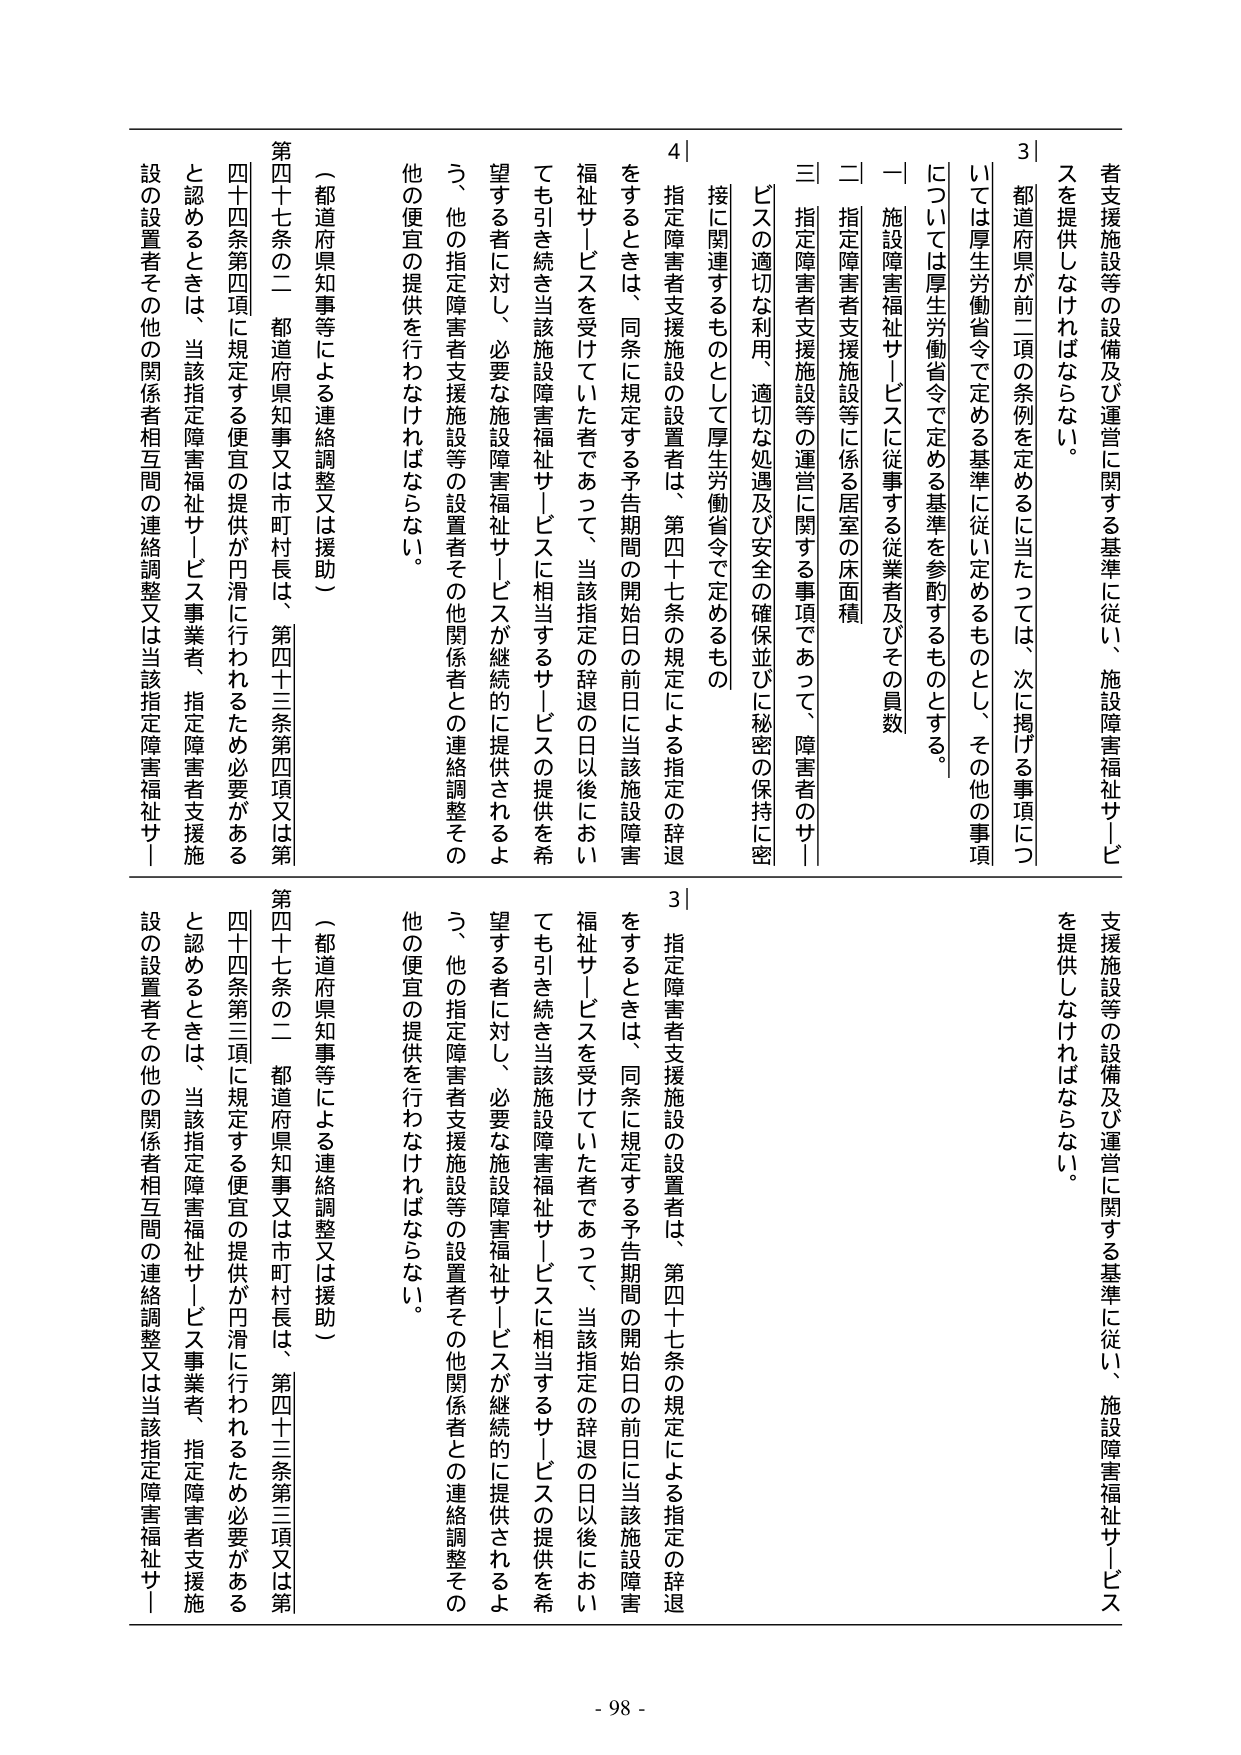
者支援施設等の設備及び運営に関する基準に従い、施設障害福祉サービスを提供しなければならない。

都道府県が前二項の条例を定めるに当たっては、次に掲げる事項については厚生労働省令で定める基準に従い定めるものとし、その他の事項については厚生労働省令で定める基準を参酌するものとする。

一 施設障害福祉サービスに従事する従業者及びその員数

二 指定障害者支援施設等に係る居室の床面積

三 指定障害者支援施設等の運営に関する事項であって、障害者のサービスの適切な利用、適切な処遇及び安全の確保並びに秘密の保持に密接に関連するものとして厚生労働省令で定めるもの

4 指定障害者支援施設の設置者は、第四十七条の規定による指定の辞退をするときは、同条に規定する予告期間の開始日の前日に当該施設障害福祉サービスを受けていた者であって、当該指定の辞退の日以後においても引き続き当該施設障害福祉サービスに相当するサービスの提供を希望する者に対し、必要な施設障害福祉サービスが継続的に提供されるよう、他の指定障害者支援施設等の設置者その他関係者との連絡調整その他の便宜の提供を行わなければならない。

（都道府県知事等による連絡調整又は援助）

第四十七条の二 都道府県知事又は市町村長は、第四十三条第四項又は第四十四条第四項に規定する便宜の提供が円滑に行われるため必要があると認めるときは、当該指定障害福祉サービス事業者、指定障害者支援施設の設置者その他の関係者相互間の連絡調整又は当該指定障害福祉サービス

支援施設等の設備及び運営に関する基準に従い、施設障害福祉サービスを提供しなければならない。

3 指定障害者支援施設の設置者は、第四十七条の規定による指定の辞退をするときは、同条に規定する予告期間の開始日の前日に当該施設障害福祉サービスを受けていた者であって、当該指定の辞退の日以後においても引き続き当該施設障害福祉サービスに相当するサービスの提供を希望する者に対し、必要な施設障害福祉サービスが継続的に提供されるよう、他の指定障害者支援施設等の設置者その他関係者との連絡調整その他の便宜の提供を行わなければならない。

（都道府県知事等による連絡調整又は援助）

第四十七条の二 都道府県知事又は市町村長は、第四十三条第三項又は第四十四条第三項に規定する便宜の提供が円滑に行われるため必要があると認めるときは、当該指定障害福祉サービス事業者、指定障害者支援施設の設置者その他の関係者相互間の連絡調整又は当該指定障害福祉サービス

- 98 -